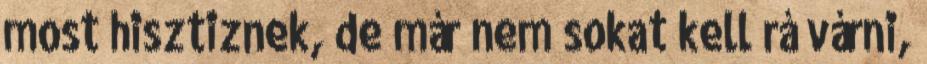
most hisztiznek, de már nem sokat kell rá várni,